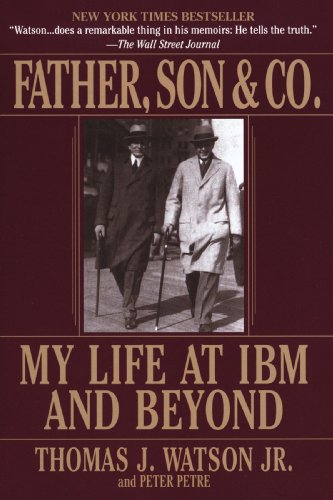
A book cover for Father, Son & Co.: My Life at IBM and Beyond; Thomas J. Watson; Computers & Technology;